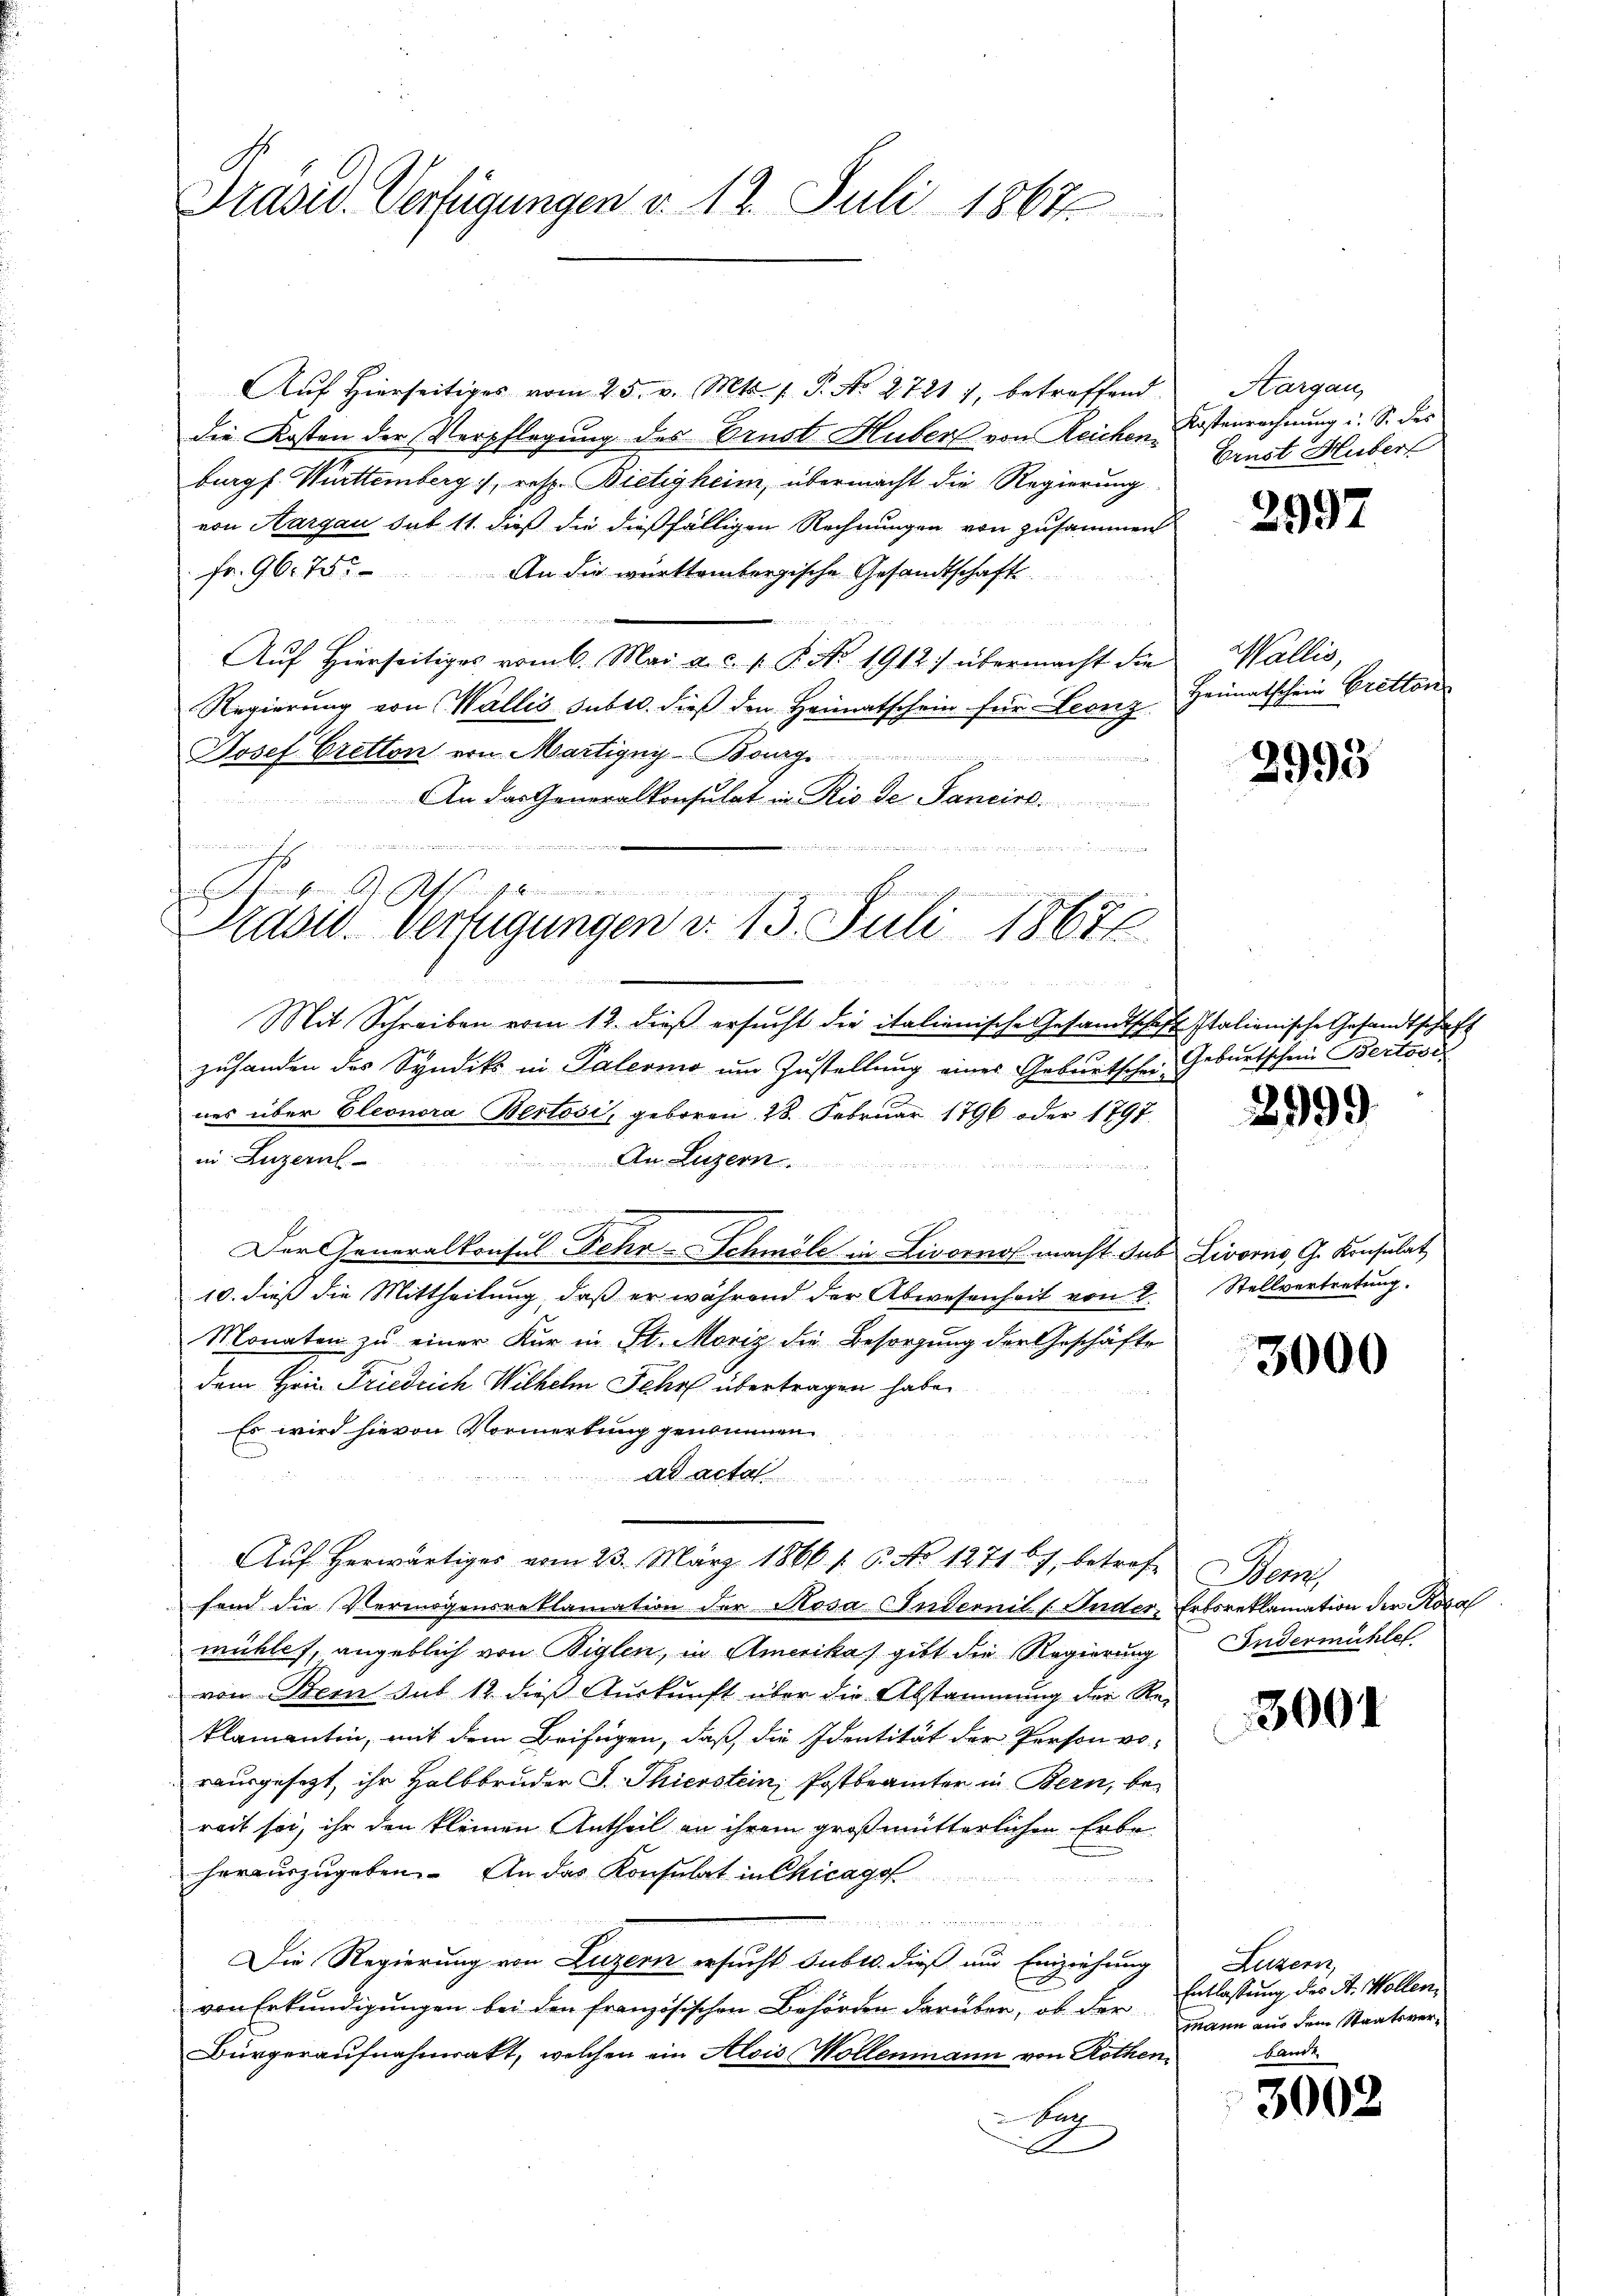
Präsid. Verfügungen v. 12. Juli 1862

die Kosten der Verpflegung des Brust Huber von Reichen
burg f. Württemberg, resp. Bietigheim, übermacht die Regierung
von Aargau sub 11. dieß die dießfälligen Rechnungen von zusammen
Fr. 96. 755. An die württembergische Gesandtschaftsa
Auf Hierseitiges vom 6. Mai a. c. p. P. Nr. 1912) übermacht die
Regierung von Wallis subro dieß den Heimatschein für Leonz
Josef Cretton von Martigny-Bourg
An das Generalkonsulat in Rio de Sancirt.

 4 an das

Auf hierseitiges vom 25. v. Mts. 1. P. No 2721), betreffend

n
Schiehen Affisammen
c
Stasw. Verfügungen d. 13. Juli 18676.

Mit Schreiben vom 12. dieß ersucht die italienische Gesandtschaft Italienische Gesandtschaft
zuhanden des Syndik in Palermo um Zustellung eines Geburtschen Geburtschein Bertösis
nes über Eleonora Bertosi, geboren 28. Februar 1796 oder 1797.
in Luzernel
An Luzern.

Der Generalkonsul Fehr-Schmöle in Livorno macht. Jus
10. dieß die Mittheilung, daß er während der Abwesenheit von 2
Monaten zŭ einer Kur in St. Moriz die Besorgŭng der Geschäfte
dem Hrn. Friedrich Wilhelm Fehr übertragen habe.
Es wird hievon Vormerkung genommen
 45
ad acta
hand die Vermögensreklamation der Rosa (Internil (Inder-
mühles, angeblich von Biglen, in Amerikas gibt die Regierung
vom Bern sub 12. dieß Auskunft über die Abstammung der Reklamantin, mit dem Beifügen, daß die Identität der Person vo
rausgesezt, ihr Halbbrüder S. Thierstein Postbeamter in Bern, bereit sei, ihr den kleinen Antheil an ihrem großmütterlichen Erbe
herauszugeben. An das Konsulat in Chicago

Die Regierung von Luzern ersucht subro dieß und Einziehung
von Erkundigungen bei den französischen Behörden darüber, ob der
Bürgeraufnahmrakt, welchen ein Alois Wollenmann von Rothenburg
d

Aŭf herwärtiges vom 23. März 1866 1. 6. No 12716), betref

Aargau,
Kostenrechnung u. S. des
Ernst Huber

2997

Wallis,
Heimatschein Bretton

2993

2999

Livorno, G. Konsulat
Stellvertretung.

3000

Mar
Erkoreklamation der Kopa
Indermühlet

3001

Luzern,
Entlassung des St. Wollen,
mann aus dem Staatsver¬

3002